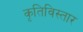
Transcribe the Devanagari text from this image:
कृतिविस्तार